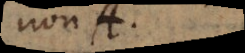
non B.